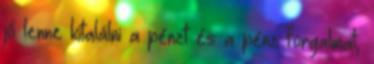
jó lenne kitalálni a pénzt és a pénz forgalmat,